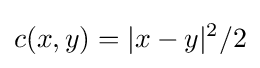
c(x,y)=|x-y|^{2}/2